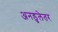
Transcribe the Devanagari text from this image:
अनडुलेतर